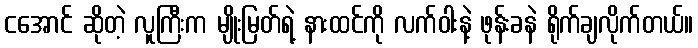
ငအောင် ဆိုတဲ့ လူကြီးက မျိုးမြတ်ရဲ့ နားထင်ကို လက်ဝါးနဲ့ ဖုန်းခနဲ ရိုက်ချလိုက်တယ်။